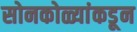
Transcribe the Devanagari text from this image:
सोनकोळ्यांकडून